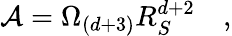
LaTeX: {\cal A}=\Omega_{(d+3)}R_{S}^{d+2}\quad,